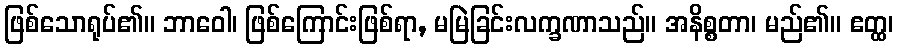
ဖြစ်သောရုပ်၏။ ဘာဝေါ၊ ဖြစ်ကြောင်းဖြစ်ရာ, မမြဲခြင်းလက္ခဏာသည်။ အနိစ္စတာ၊ မည်၏။ ဧတ္ထ၊